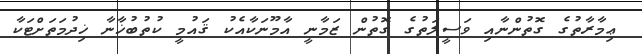
ޢިމާރާތުގެ ގޮތުންނާއި ވަސީލަތުގެ ގޮތުން ޒަމާނީ އާމޫނަކާއެކު ޤައުމީ ކުތުބުޚާާނާ ޚިދުމަތަށްޓަކާ